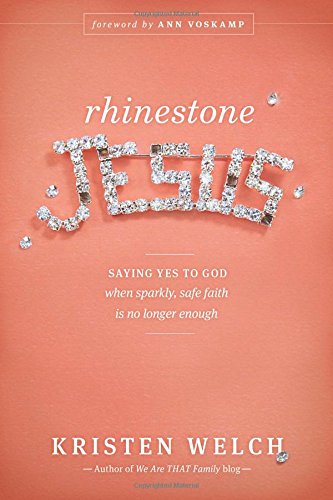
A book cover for Rhinestone Jesus: Saying Yes to God When Sparkly, Safe Faith Is No Longer Enough; Kristen Welch; Parenting & Relationships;